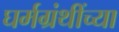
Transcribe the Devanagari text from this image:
घर्मग्रंथींच्या